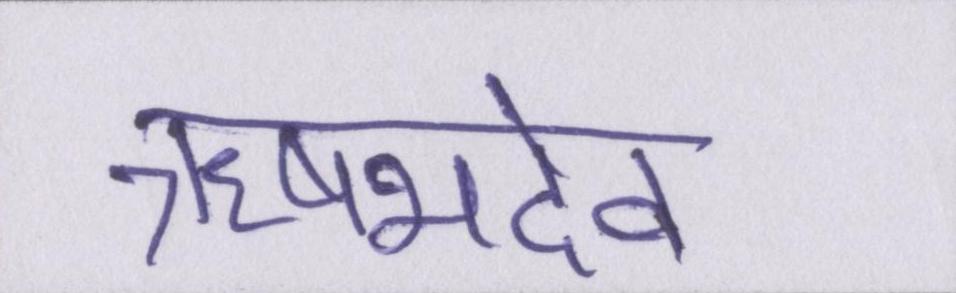
ऋषभदेव